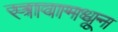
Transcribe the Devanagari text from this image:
स्त्रावामधून